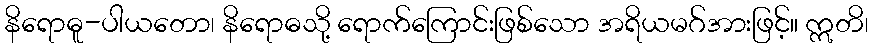
နိရောဓူ-ပါယတော၊ နိရောဓသို့ ရောက်ကြောင်းဖြစ်သော အရိယမဂ်အားဖြင့်။ ဣတိ၊